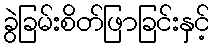
ခွဲခြမ်းစိတ်ဖြာခြင်းနှင့်